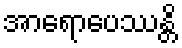
အာရောပေဿန္တိ